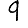
Digit: 9